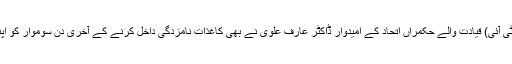
پاکستان تحریک انصاف (پی ٹی آئی) قیادت والے حکمراں اتحاد کے امیدوار ڈاکٹر عارف علوی نے بھی کاغذات نامزدگی داخل کرنے کے آخری دن سوموار کو اپنے دستاویزات داخل کر دیے۔